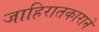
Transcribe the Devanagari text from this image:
जाहिरातकाराने